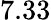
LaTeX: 7.33